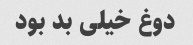
دوغ خیلی بد بود